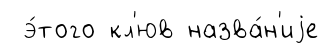
э́того кл'юв назва́н'иjе